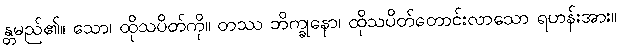
န္တမည်၏။ သော၊ ထိုသပိတ်ကို။ တဿ ဘိက္ခုနော၊ ထိုသပိတ်တောင်းလာသော ရဟန်းအား။